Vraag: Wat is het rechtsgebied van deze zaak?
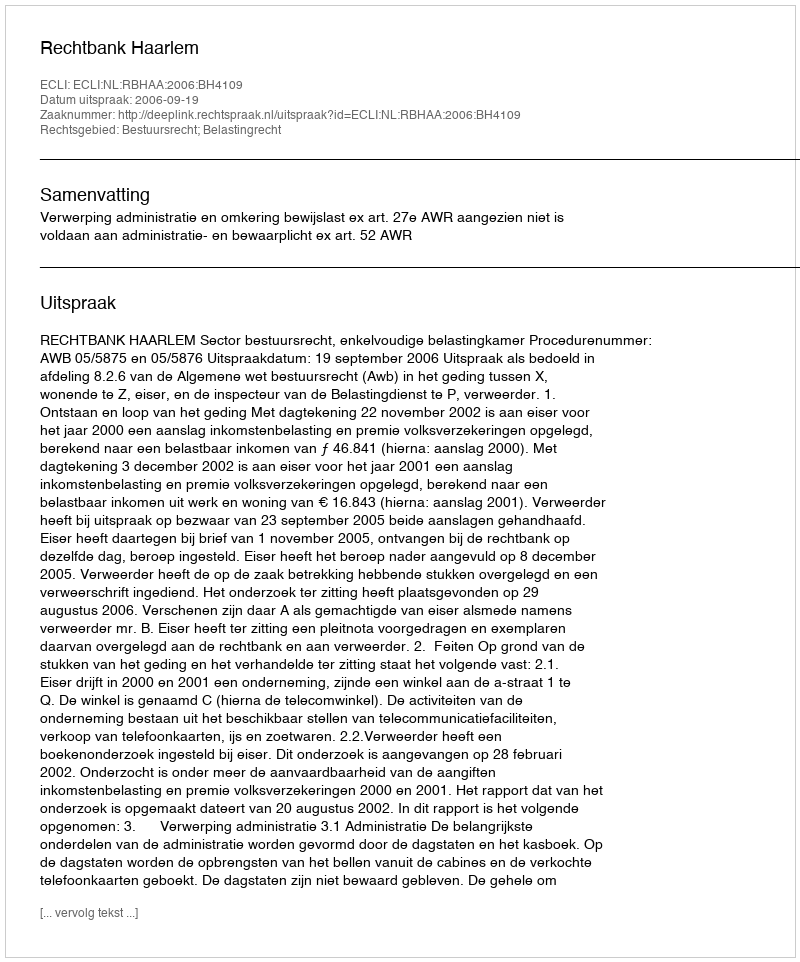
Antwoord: Bestuursrecht; Belastingrecht